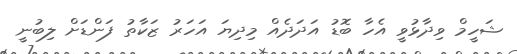
ޝަހީމް ވިދާޅުވީ އެހާ ބޮޑު އަދަދެއް މިދިޔަ އަހަރު ޒަކާތު ފަންޑަށް ލިބުނީ